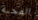
المحبة